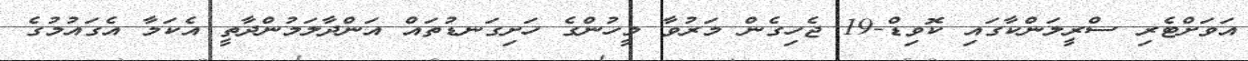
އަވަށްޓެރި ސްރީލަންކާގައި ކޮވިޑް-19 ޖެހިގެން މަރުވާ މީހުންގެ ހަށިގަނޑުތައް އަންދާލަމުންދާތީ އެކަމާ އެގައުމުގެ